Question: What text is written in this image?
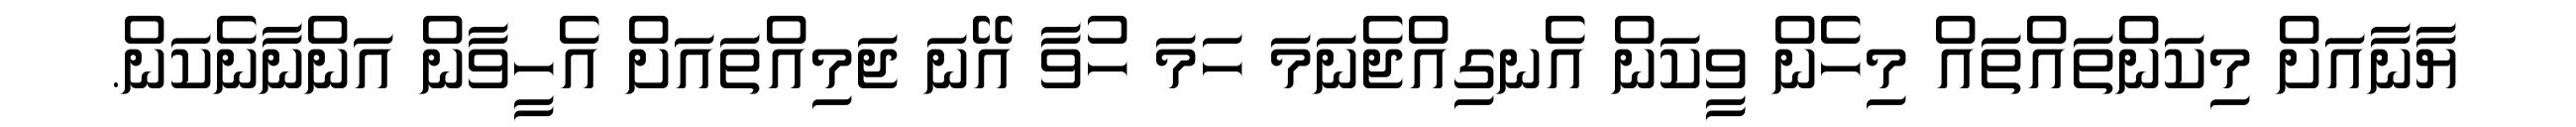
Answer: ޔާނާއަށް މިކަންތައްތައް މިހެން ވީކަން އެނގިއްޖެނަމަ ހަމަ ހުވާ އޭނަ ޖަމިއްތައަށް އެހީވާން އަންނާނެކަން.